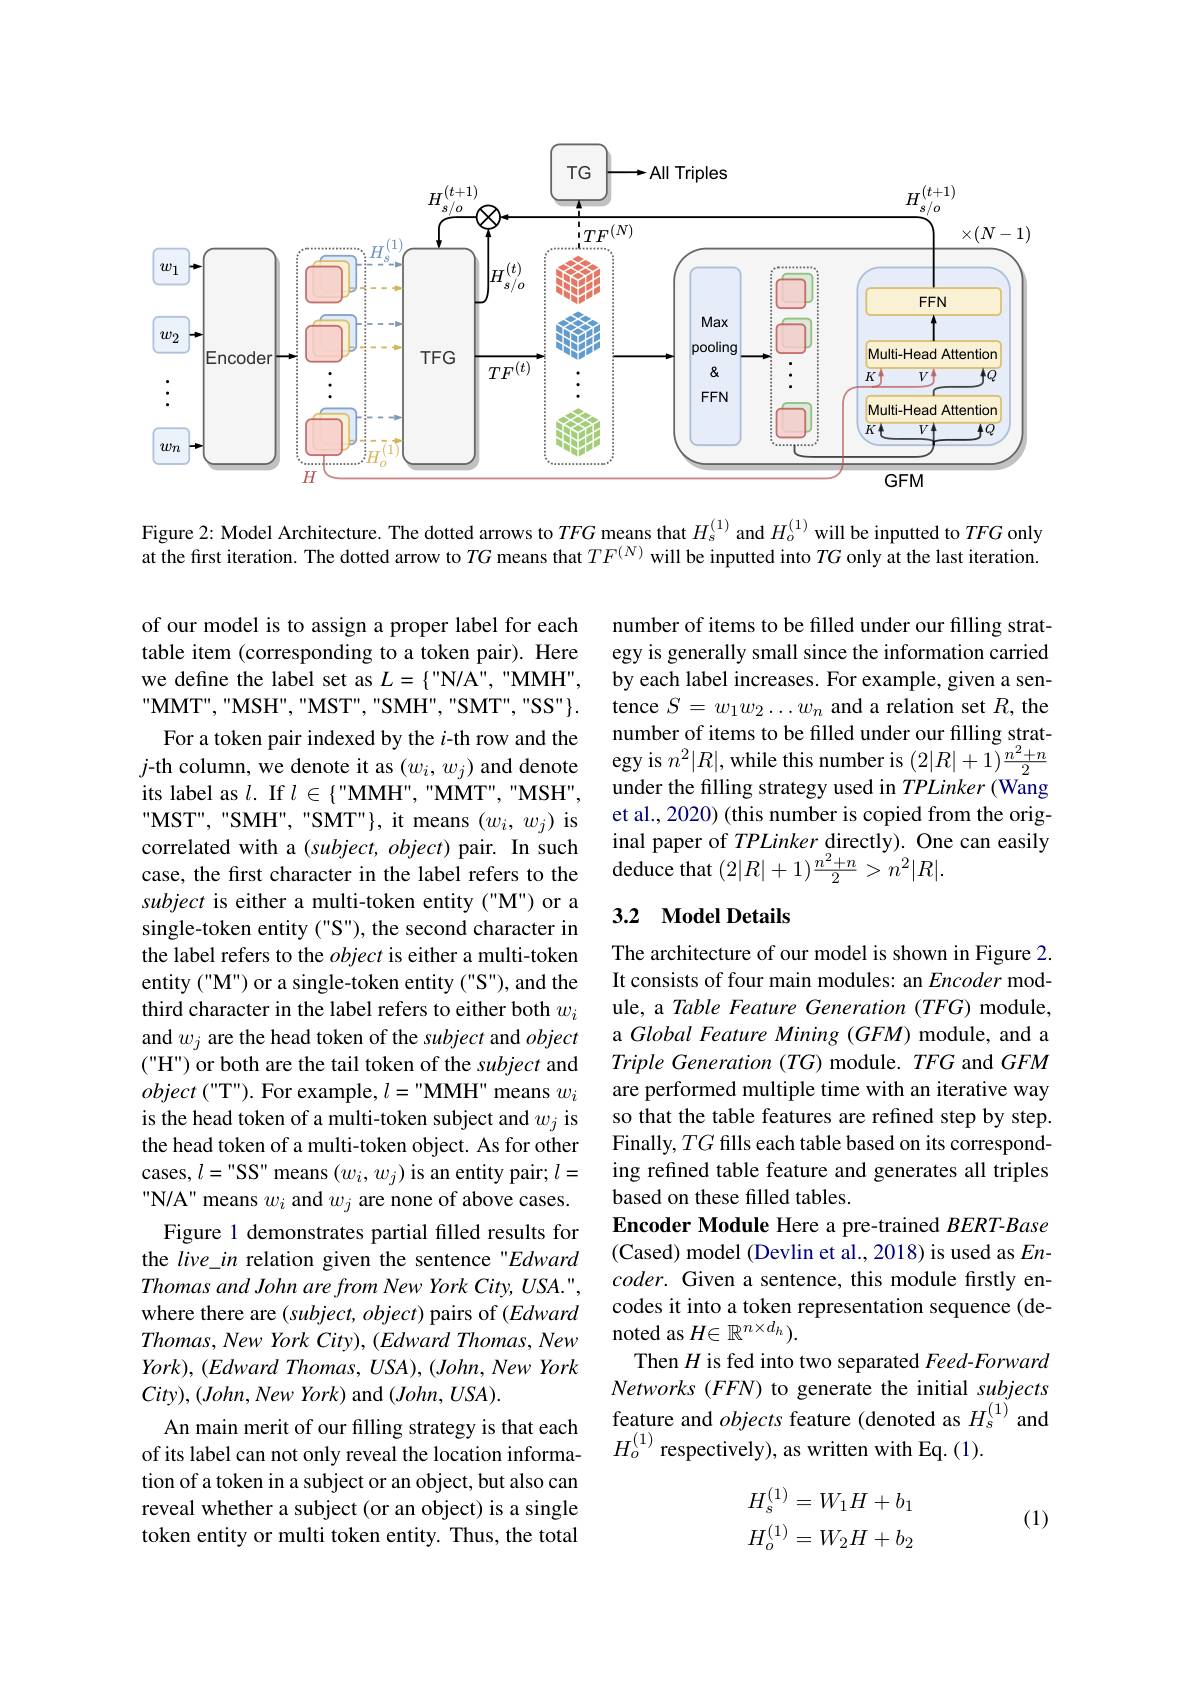
<FigureHere>

Figure 2: Model Architecture. The dotted arrows to $TFG$ means that $H_{s}^{(1)}$ and $H_{o}^{(1)}$ will be inputted to $TFG$ only at the first iteration. The dotted arrow to $TG$ means that $TF^{(N)}$ will be inputted into $TG$ only at the last iteration.

number of items to be filled under our filling strategy is generally small since the information carried by each label increases. For example, given a sentence $S=w_1w_2\ldots w_n$ and a relation set $R$,the number of items to be filled under our filling strategy is $n^2|R|$,while this number is $(2|R|+1)\frac{n^2+n}{2}$ under the filling strategy used in TPLinker (Wang et al., 2020) (this number is copied from the original paper of TPLinkerdirectly). One can easily deduce that $(2|R|+1)\frac{n^{2}+n}{2}>n^{2}|R|.$

### 3.2 Model Details

of our model is to assign a proper label for each table item (corresponding to a token pair). Here we define the label set as $L=\{"N/A","MMH"$, " MMT" , " MSH" , " MST" , " SMH" , " SMT" , " SS" $\} .$ For a token pair indexed by the $i$-th row and the
$j$-th column, we denote it as $(w_i,w_j)$ and denote its label as $l.$ If $l\in\{$"MMH",“MMT",”MSH", MST",“SMH”,“SMT"$\}$,it means $(w_i,w_j)$ is correlated with a $(subject,object)$ pair. In such case, the first character in the label refers to the subject is either a multi-token entity ("M") or a single-token entity ("S"), the second character in the label refers to the object is either a multi-token entity ("M") or a single-token entity ("S"), and the third character in the label refers to either both $w_i$ and $w_j$ are the head token of the subject and object ("H") or both are the tail token of the subject and object ("T"). For example, $l=$"MMH" means $w_i$ is the head token of a multi-token subject and $w_j$ is the head token of a multi-token object. As for other cases, $l=$"SS" means $(w_i,w_j)$ is an entity pair; $l=$ "N/A" means $w_i$ and $w_j$ are none of above cases. Figure 1 demonstrates partial filled results for
the $live\_in$ relation given the sentence "Edward Thomas and John are from New York City, USA.", where there are $(subject,object)$ pairs of $(Edward$ $Thomas,NewYorkCity),(EdwardThomas,New$ $York) $, $( Edward$ $Thomas$, $USA) $, $( John$, New York $City) , ( John, New\textit{ York})$ and $(John,USA).$
An main merit of our filling strategy is that each of its label can not only reveal the location information of a token in a subject or an object, but also can reveal whether a subject (or an object) is a single token entity or multi token entity. Thus, the total

The architecture of our model is shown in Figure 2. It consists of four main modules: an Encoder module, a Table Feature Generation (TFG) module, a Global Feature Mining (GFM) module, and a Triple Generation (TG) module. $TFG$ and $GFM$ are performed multiple time with an iterative way so that the table features are refined step by step. Finally, $TG$ fills each table based on its corresponding refined table feature and generates all triples based on these filled tables.
Encoder Module Here a pre-trained BERT-Base (Cased) model (Devlin et al., 2018) is used as $En$- coder. Given a sentence, this module firstly encodes it into a token representation sequence (denoted as $H\in\mathbb{R}^{n\times d_h}).$
Then $H$ is fed into two separated Feed-Forward Networks (FFN) to generate the initial subjects feature and objects feature (denoted as $H_s^{(1)}$ and $H_{o}^{(1)}$ respectively), as written with Eq.(1).
$$\begin{aligned}H_s^{(1)}&=W_1H+b_1\\H_o^{(1)}&=W_2H+b_2\end{aligned}$$
(1)